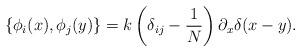
LaTeX: \begin{align*}\left\{ \phi _i(x),\phi _j(y)\right\} =k\left( \delta_{ij}-\frac{1}{N}\right) \partial _x\delta (x-y).\end{align*}